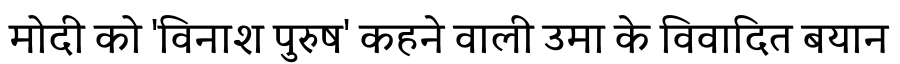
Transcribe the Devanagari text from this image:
मोदी को 'विनाश पुरुष' कहने वाली उमा के विवादित बयान